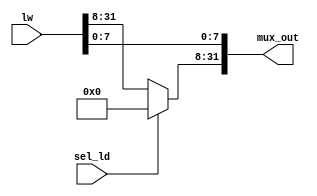
`timescale 1ns / 1ps

module Mux_LD(
    lw,
    sel_ld, // Bandera del mux
    mux_out
    );

input wire [31:0] lw;
input wire sel_ld;
output reg [31:0] mux_out;

// Definicin de Load-Byte

always @*
begin
    if (sel_ld == 0)
    begin
        mux_out = lw;
    end
    else
    begin
        mux_out [31:8] = 24'b000000000000000000000000;
        mux_out [7:0] = lw [7:0];
    end
end

endmodule